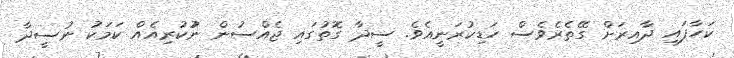
ކަހާފައި ދާއިރަށް ގޭތެރެވެސް ހަޑިކުރަނީއެވެ. ސީދާ ގޮތުގައި ޖެއްސުން ނުުކުރިއެއް ކަމަކު ނުސީދާ